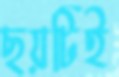
ছয়টিই